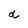
Character: d